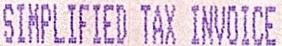
SIMPLIFIED TAX INVOICE